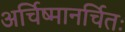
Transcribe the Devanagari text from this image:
अर्चिष्मानर्चितः